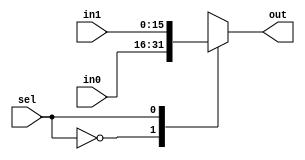
/* 2 x 16-bit Multiplexor */
module Mux2x16(
	in0,
	in1,
	out,
	sel
);

/* Parameters */
parameter DATA_WIDTH = 16;
parameter SEL_WIDTH = 1;

/* Inputs */
input wire [DATA_WIDTH - 1 : 0] in0, in1;
input wire [SEL_WIDTH - 1 : 0] sel;

/* Outputs */
output reg [DATA_WIDTH - 1 : 0] out;

/* Behavioral Combinational Design */
always @ (in0 or in1 or sel)
begin
	case (sel)
		'b0 : out <= in0;
		'b1 : out <= in1;
	endcase
end

endmodule